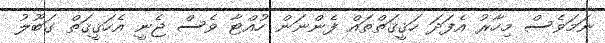
ނަމަވެސް މިހާރު އެފަދަ ހަޤީޤަތްތައް ފެންނަން ހުއްޓާ ވެސް ޖެނީ އެހަޤީޤަތް ގަބޫލު